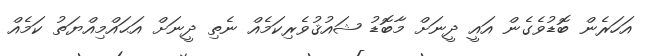
އަހަރެން ބޮޑުވެގެން އައީ ދީނަށް މާބޮޑު ޝައުޤުވެރިކަމެއް ނެތި ދީނަށް އަޙައްމިއްޔަތު ކަމެއް